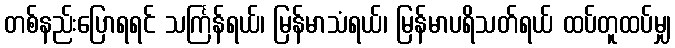
တစ်နည်းပြောရရင် သင်္ကြန်ရယ်၊ မြန်မာသံရယ်၊ မြန်မာပရိသတ်ရယ် ထပ်တူထပ်မျှ